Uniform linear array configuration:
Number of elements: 16
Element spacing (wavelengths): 1
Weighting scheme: uniform
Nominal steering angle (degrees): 60
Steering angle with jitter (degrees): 58.484
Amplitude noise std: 0.05
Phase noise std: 0.05

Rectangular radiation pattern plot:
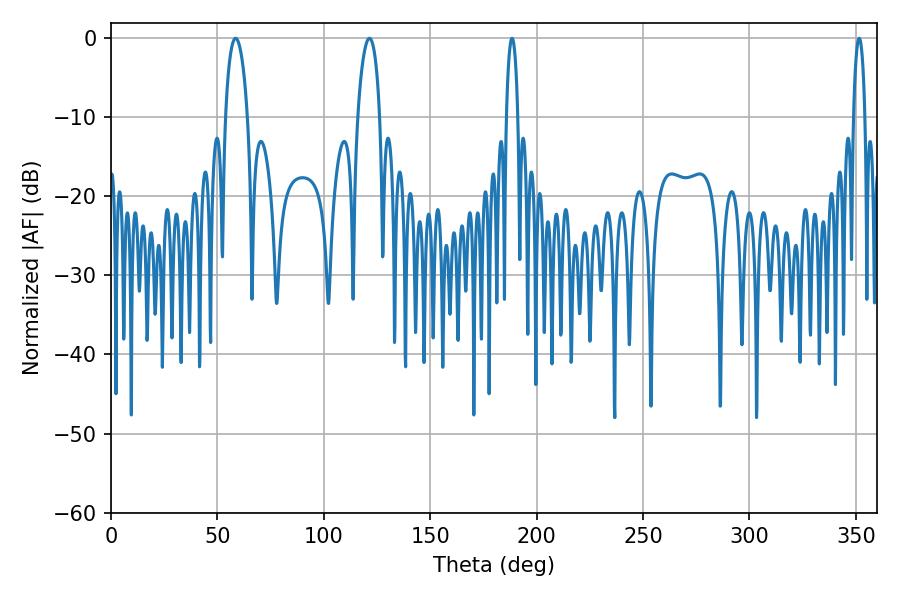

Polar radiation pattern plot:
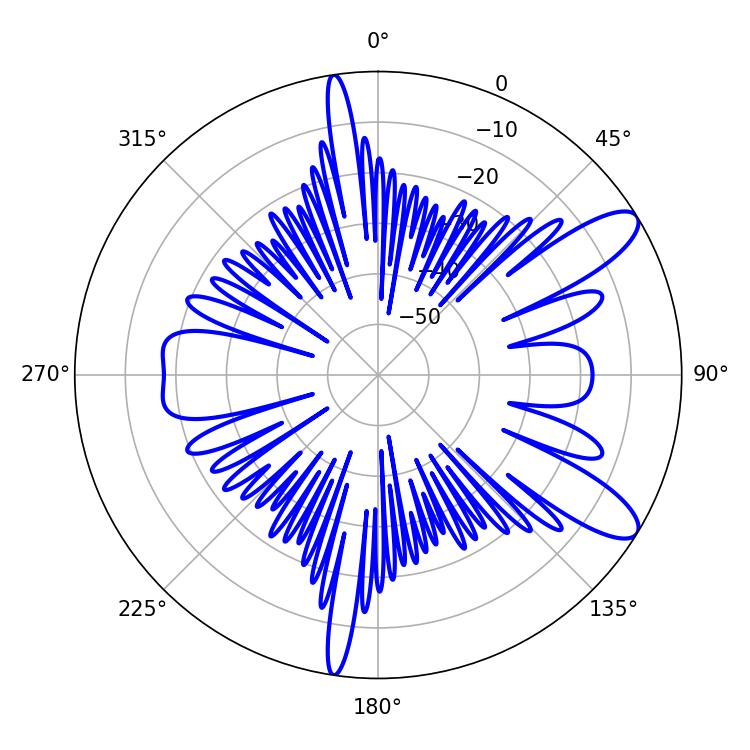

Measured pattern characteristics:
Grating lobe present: TRUE
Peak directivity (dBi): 10.561
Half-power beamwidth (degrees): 2.88
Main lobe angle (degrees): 188.46